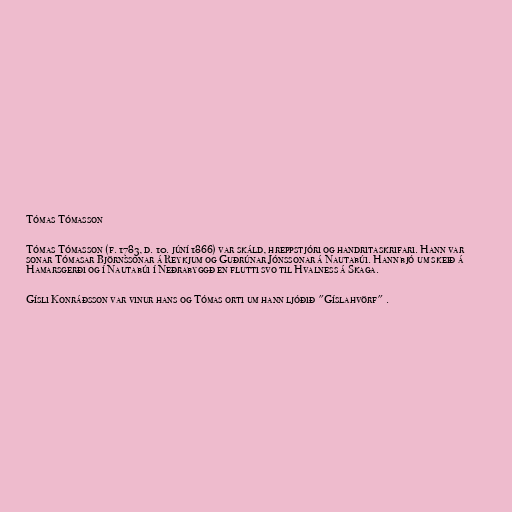
Tómas Tómasson

Tómas Tómasson (f. 1783, d. 10. júní 1866) var skáld, hreppstjóri og handritaskrifari. Hann var
sonar Tómasar Björnssonar á Reykjum og Guðrúnar Jónssonar á Nautabúi. Hann bjó um skeið á
Hamarsgerði og í Nautabúi í Neðrabyggð en flutti svo til Hvalness á Skaga.

Gísli Konráðsson var vinur hans og Tómas orti um hann ljóðið "Gíslahvörf" .